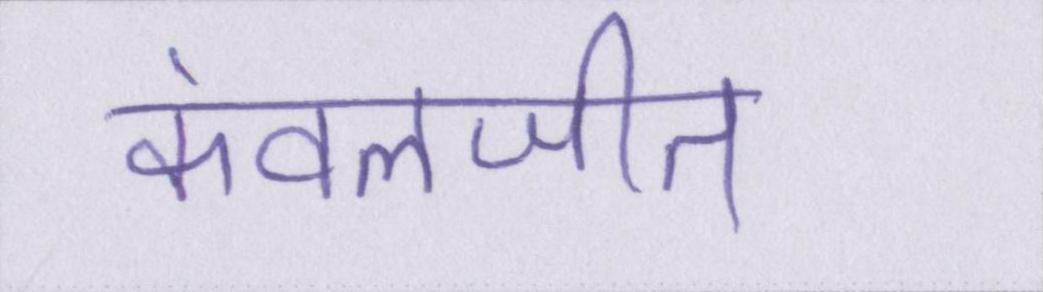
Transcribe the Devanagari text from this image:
कंवलजीत